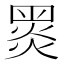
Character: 𪐗